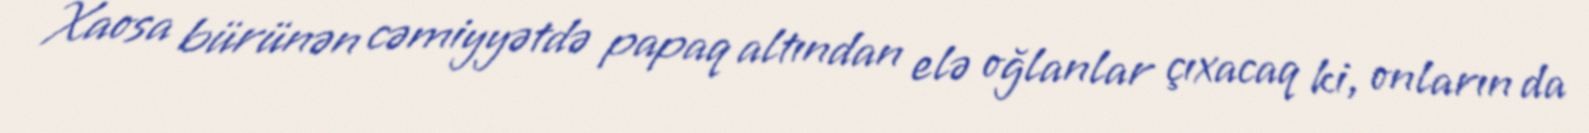
Xaosa bürünən cəmiyyətdə papaq altından elə oğlanlar çıxacaq ki, onların da